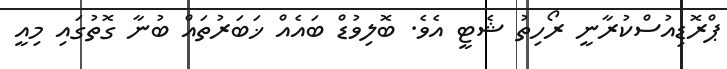
ޕްރޮޑިއުސްކުރާނީ ރޯހިތު ޝެޓީ އެވެ. ބޮލިވުޑް ބައެއް ޚަބަރުތައް ބުނާ ގޮތުގައި މިއީ